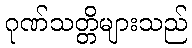
ဂုဏ်သတ္တိများသည်